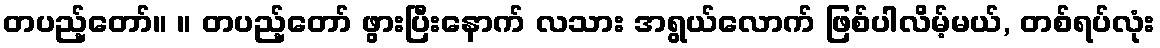
တပည့်တော်။ ။ တပည့်တော် ဖွားပြီးနောက် လသား အရွယ်လောက် ဖြစ်ပါလိမ့်မယ်, တစ်ရပ်လုံး